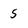
Character: 5